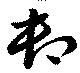
卸